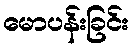
မောပန်းခြင်း